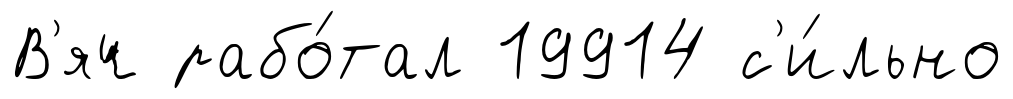
В'яч рабо́тал 19914 с'и́льно